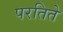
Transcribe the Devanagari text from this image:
परतिते